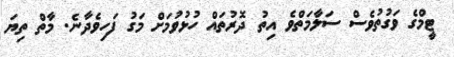
ޓީމްގެ ވަގުތުވެސް ސަލާމަތްވެ އިތު ދޮރުތައް ހުޅުވުމަށް މަގު ފަހިވެދާނެ. މާތް ތިޔަ